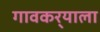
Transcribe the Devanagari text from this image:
गावकर्‍याला